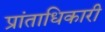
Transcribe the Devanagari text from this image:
प्रांताधिकारी